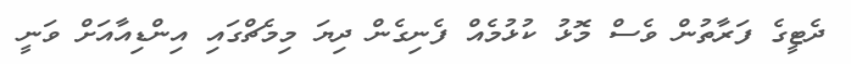
ދެޓީގެ ފަރާތުން ވެސް މޮޅު ކުޅުމެއް ފެނިގެން ދިޔަ މިމެޗްގައި އިންޑިއާއަށް ވަނީ